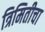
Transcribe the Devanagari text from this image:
त्रिमितीचा